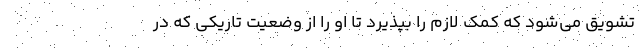
تشویق می‌شود که کمک لازم را بپذیرد تا او را از وضعیت تاریکی که در